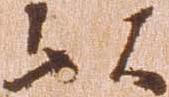
以